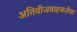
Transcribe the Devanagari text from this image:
अतिवीजवाहकतेवर